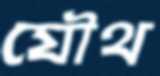
যৌথ